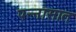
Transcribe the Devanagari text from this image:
पन्‍नासात